Indian journal of veterinary science and animal husbandry - Volumes 24-25, 1954-1955
Year: 1954
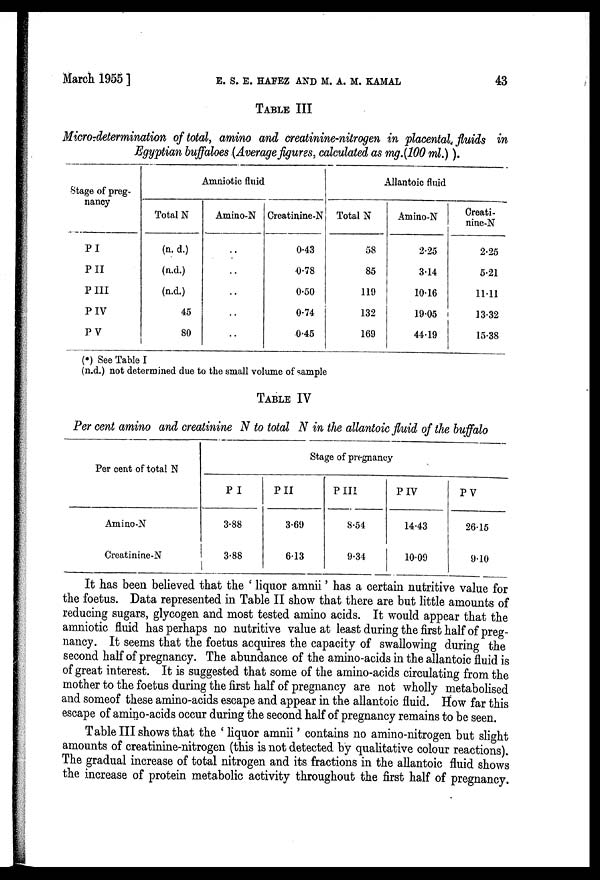
March 1955] E. S. E. HAFEZ AND M. A. M. KAMAL 43
TABLE III
Micro-determination of total, amino and creatinine-nitrogen in placental fluids in
Egyptian buffaloes (Average figures, calculated as mg.(100 ml.)).
Stage of preg-
nancy
P I
P II
P III
P IV
P V
Amniotic fluid
Total N
(n.d.)
(n.d.)
(n.d.)
45
80
Amino-N
..
..
..
..
..
Creatinine-N
0.43
0.78
0.50
0.74
0.45
Allantoic fluid
Total N
58
85
119
132
169
Amino-N
2.25
3.14
10.16
19.05
44.19
Creati-
nine-N
2.25
5.21
11.11
13.32
15.38
(*) See Table I
(n.d.) not determined due to the small volume of sample
TABLE IV
Per cent amino and creatinine N to total N in the allantoic fluid of the buffalo
Per cent of total N
Amino-N
Creatinine-N
Stage of pregnancy
P I
3.88
3.88
P II
3.69
6.13
P III
8.54
9.34
P IV
14.43
10.09
P V
26.15
9.10
It has been believed that the ' liquor amnii' has a certain nutritive value for
the foetus. Data represented in Table II show that there are but little amounts of
reducing sugars, glycogen and most tested amino acids. It would appear that the
amniotic fluid has perhaps no nutritive value at least during the first half of preg-
nancy. It seems that the foetus acquires the capacity of swallowing during the
second half of pregnancy. The abundance of the amino-acids in the allantoic fluid is
of great interest. It is suggested that some of the amino-acids circulating from the
mother to the foetus during the first half of pregnancy are not wholly metabolised
and someof these amino-acids escape and appear in the allantoic fluid. How far this
escape of amino-acids occur during the second half of pregnancy remains to be seen.
Table III shows that the ' liquor amnii' contains no amino-nitrogen but slight
amounts of creatinine-nitrogen (this is not detected by qualitative colour reactions).
The gradual increase of total nitrogen and its fractions in the allantoic fluid shows
the increase of protein metabolic activity throughout the first half of pregnancy.